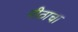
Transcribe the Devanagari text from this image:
पीठाचा